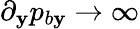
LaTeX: \partial_{\mathbf{y}}p_{b\mathbf{y}}\rightarrow\infty